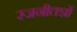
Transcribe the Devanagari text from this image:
रजनीतज्ञों